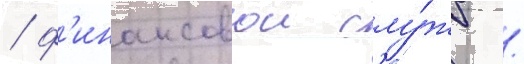
/ ф'инансовои слу́жб /